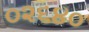
૦૨૬૪૦